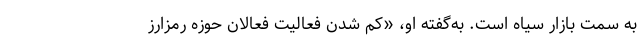
به سمت بازار سياه است. به‌گفته او، «كم شدن فعاليت فعالان حوزه رمزارز